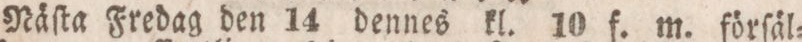
Näſta Fredag den 14 dennes kl. 10 f. m. förſäl=